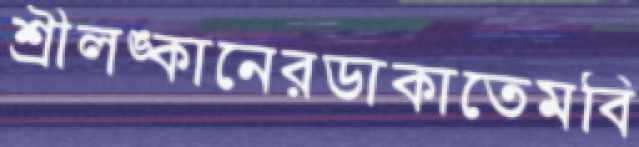
শ্রীলঙ্কানেরডাকাতেমবি